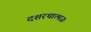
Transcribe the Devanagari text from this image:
दशरथात्मजः